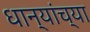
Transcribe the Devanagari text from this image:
धान्यांच्या